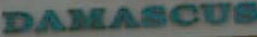
DAMASCUS